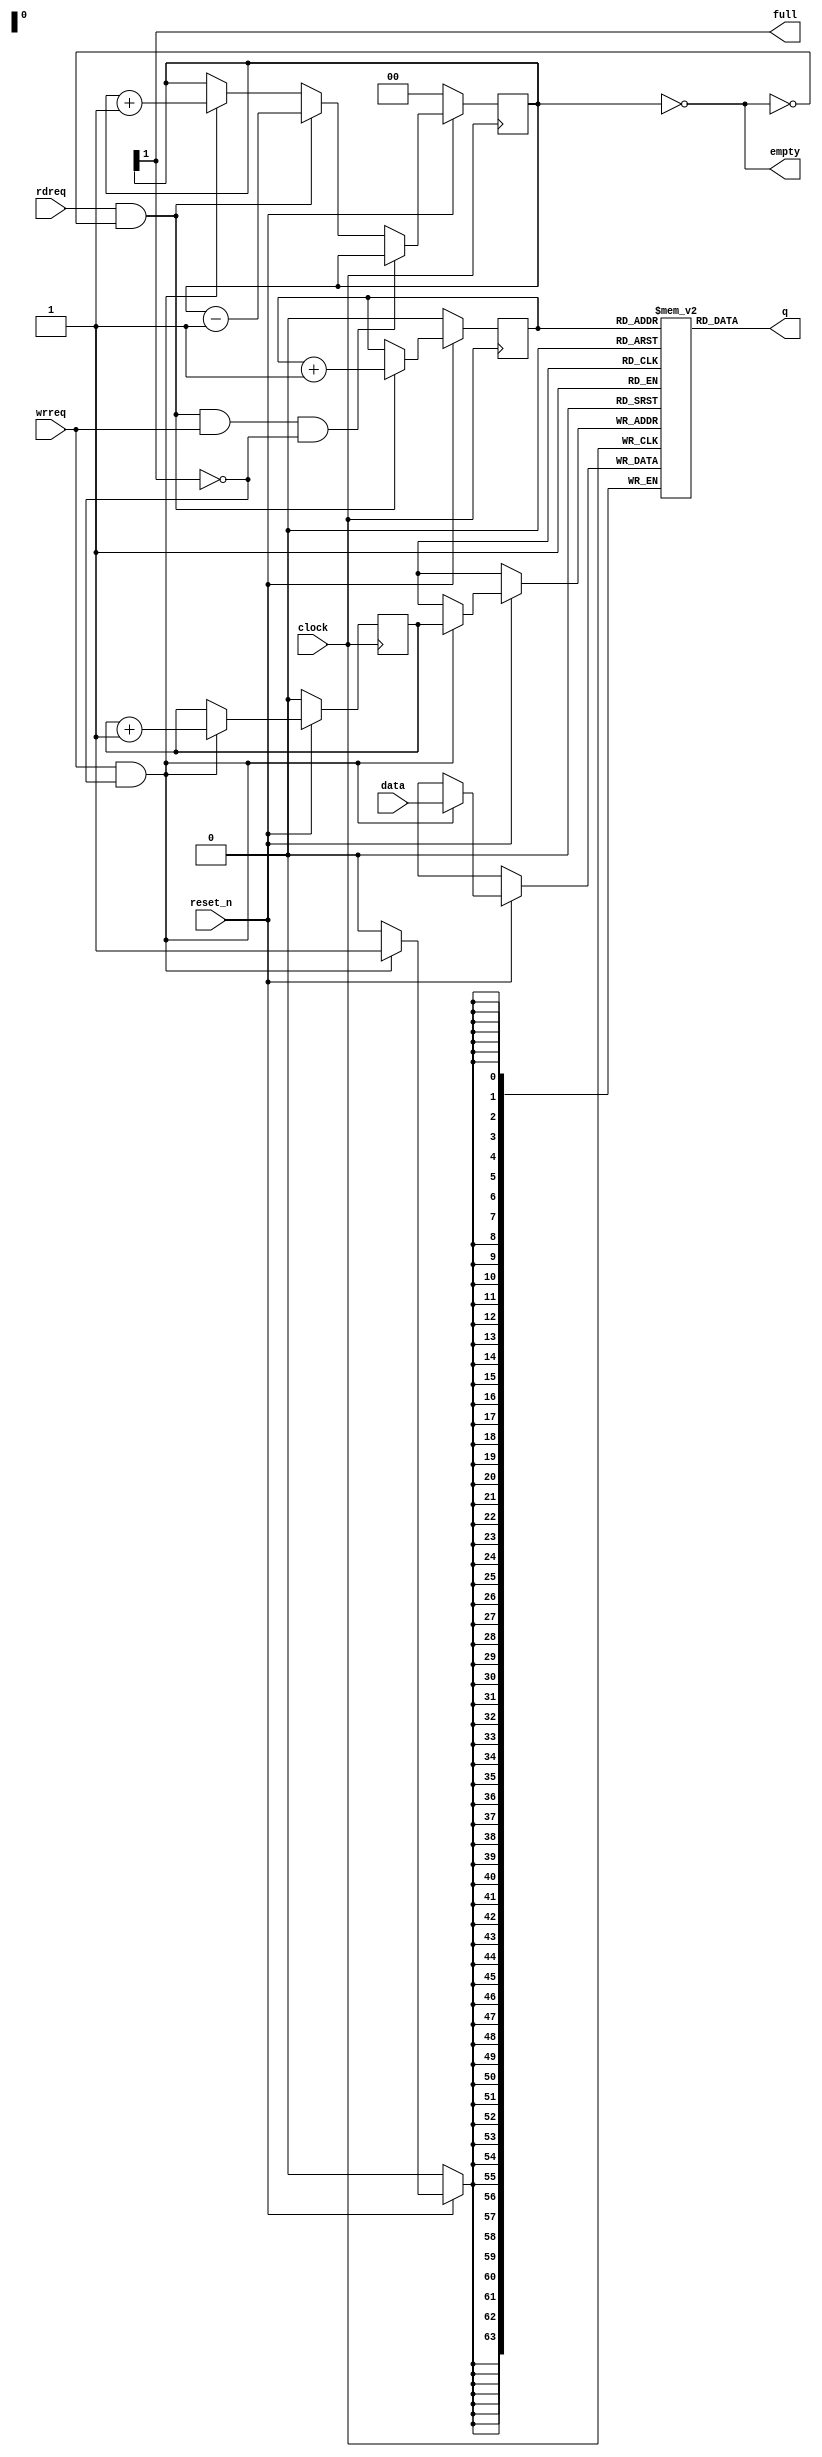
module HullFIFO #(
	parameter TYPE = 0,
	parameter WIDTH = 64,
	parameter LOG_DEPTH = 1
) (
	input clock,
	input reset_n,
	
	input wrreq,
	input [WIDTH-1:0] data,
	output full,
	
	input rdreq,
	output [WIDTH-1:0] q,
	output empty
);
// Convert interface
wire clk = clock;
wire rst = ~reset_n;
wire [WIDTH-1:0] din = data;
wire [WIDTH-1:0] dout;
assign q = dout;

// FIFO memory
reg [WIDTH-1:0] mem [(1<<LOG_DEPTH)-1:0];

// metadata
reg [LOG_DEPTH-1:0] wr_ptr = 0;
reg [LOG_DEPTH-1:0] rd_ptr = 0;
reg [LOG_DEPTH:0] size = 0;

// I/O signals
wire full_ = size[LOG_DEPTH];
wire empty_ = size == 0;
assign full = full_;
assign empty = empty_;
assign dout = mem[rd_ptr];

// register update logic
always @(posedge clk) begin
	if (rst) begin
		wr_ptr <= 0;
		rd_ptr <= 0;
		size <= 0;
	end else begin
		// size reg update
		if (rdreq && !empty_ && wrreq && !full_) begin
		end else if (rdreq && !empty_) begin
			size <= size - 1;
		end else if (wrreq && !full_) begin
			size <= size + 1;
		end
		// pointer and mem update
		if (rdreq && !empty_) begin
			rd_ptr <= rd_ptr + 1;
		end
		if (wrreq && !full_) begin
			mem[wr_ptr] <= din;
			wr_ptr <= wr_ptr + 1;
		end
	end
end

endmodule